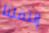
إنتقلنا